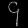
Digit: ၄